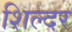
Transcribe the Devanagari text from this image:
शिल्दर